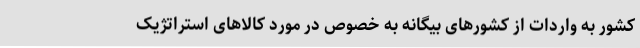
کشور به واردات از کشورهای بیگانه به خصوص در مورد کالاهای استراتژیک